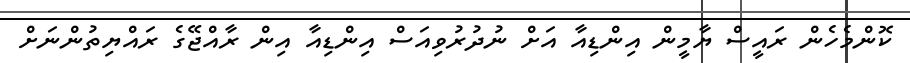
ކޮންމެހެން ރައީސް ޔާމީން އިންޑިއާ އަށް ނުދުރުވިއަސް އިންޑިއާ އިން ރާއްޖޭގެ ރައްޔިތުންނަށް